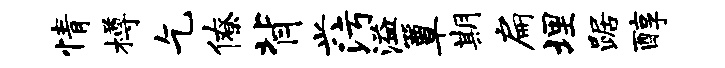
情樽乞僚背兴污溢簟期扁埋踞醇